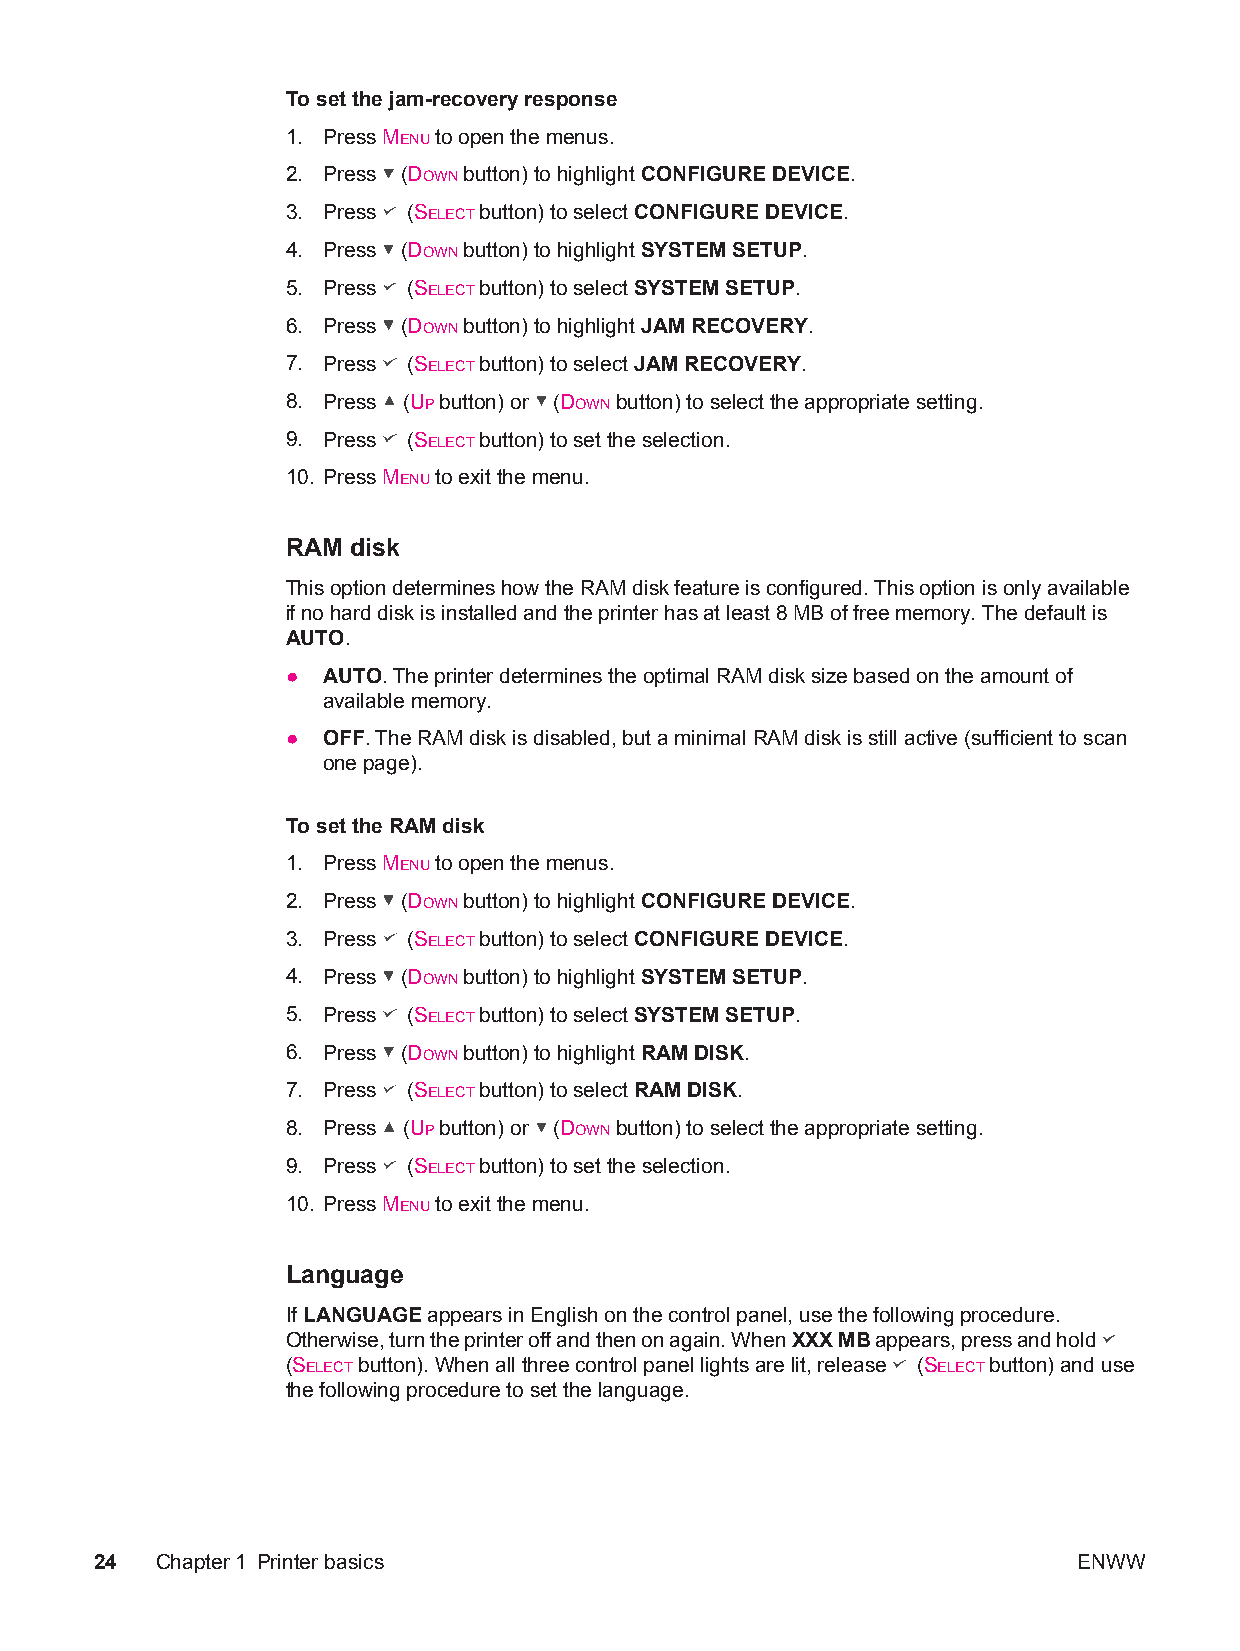
To set the jam-recovery response
 1. Press MENU to open the menus.
 2. Press (DOWN button) to highlight CONFIGURE DEVICE.
 3. Press (SELECT button) to select CONFIGURE DEVICE.
 4. Press (DOWN button) to highlight SYSTEM SETUP.
 5. Press (SELECT button) to select SYSTEM SETUP.
 6. Press (DOWN button) to highlight JAM RECOVERY.
 7. Press (SELECT button) to select JAM RECOVERY.
 8. Press (UP button) or (DOWN button) to select the appropriate setting.
 9. Press (SELECT button) to set the selection.
 10. Press MENU to exit the menu.
 RAM disk
 This option determines how the RAM disk feature is configured. This option is only available
 if no hard disk is installed and the printer has at least 8 MB of free memory. The default is
 AUTO.
 ● AUTO. The printer determines the optimal RAM disk size based on the amount of
 available memory.
 ● OFF. The RAM disk is disabled, but a minimal RAM disk is still active (sufficient to scan
 one page).
 To set the RAM disk
 1. Press MENU to open the menus.
 2. Press (DOWN button) to highlight CONFIGURE DEVICE.
 3. Press (SELECT button) to select CONFIGURE DEVICE.
 4. Press (DOWN button) to highlight SYSTEM SETUP.
 5. Press (SELECT button) to select SYSTEM SETUP.
 6. Press (DOWN button) to highlight RAM DISK.
 7. Press (SELECT button) to select RAM DISK.
 8. Press (UP button) or (DOWN button) to select the appropriate setting.
 9. Press (SELECT button) to set the selection.
 10. Press MENU to exit the menu.
 Language
 If LANGUAGE appears in English on the control panel, use the following procedure.
 Otherwise, turn the printer off and then on again. When XXX MB appears, press and hold
 (SELECT button). When all three control panel lights are lit, release (SELECT button) and use
 the following procedure to set the language.
 24  Chapter1 Printer basics                                      ENWW